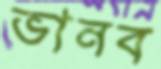
ভানব